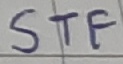
Text: STF